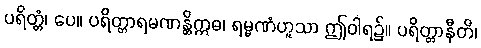
ပရိတ္တံ၊ ပေ။ ပရိတ္တာရမဏန္တိဣဓ၊ ရမ္မဏံဟူသာ ဤဝါရ၌။ ပရိတ္တာနီတိ၊